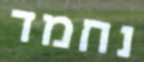
נחמד